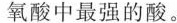
氧酸中最强的酸。